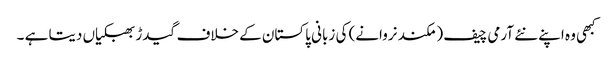
کبھی وہ اپنے نئے آرمی چیف ( مکند نروانے) کی زبانی پاکستان کے خلاف گیدڑ بھبکیاں دیتا ہے ۔